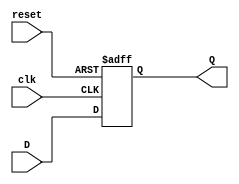
module FFD(input wire clk, reset, D, output reg Q);
    always @(posedge clk or posedge reset) begin
        if(reset==1'b1)
            Q <= 1'b0; //si el reset esta en uno entonces la salida se resetea
        else
            Q <= D; //de lo contrario la salida toma el valor de la entrada
    end
endmodule
module AcrilicoAltos(input wire clk, reset, PH, SR, [2:0]T, [1:0]PLS, output wire [2:0]PAC, [2:0]LED, CO);

    wire EF2, EF1, EF0; //Entrada a FFD
    wire E2, E1, E0; //Salida de FFD

    //Logica del estado futuro
    assign EF2 = (~E2 & E1 & ~E0 & PH & SR & T[2] & ~T[1] & ~T[0] & PLS[1] & ~PLS[0]);
    assign EF1 = (~E2 & ~E1 & E0 & PH & SR & T[2] & ~T[1] & ~T[0] & PLS[1] & ~PLS[0]) |
    (~E2 & E1 & ~E0 & PH & SR & T[2] & ~T[1] & ~T[0] & PLS[1] & ~PLS[0]);
    assign EF0 = (~E2 & ~E0 & PH & SR & T[2] & ~T[1] & ~T[0] & PLS[1] & ~PLS[0]);

    //Logica salida
    assign PAC[2] = 0;
    assign PAC[1] = (E2 & E1 & E0);
    assign PAC[0] = (E2 & E1 & E0);
    assign LED[2] = 0;
    assign LED[1] = (E2 & E1 & E0) | (~E2 & E1 & ~E0);
    assign LED[0] = (E2 & E1 & E0) | (~E2 & ~E1 & E0) | (~E2 & E1 & ~E0);
    assign CO = (E2 & E1 & E0);

    //tres FFD
    FFD Acalto2(clk, reset, EF2, E2);
    FFD Acalto1(clk, reset, EF1, E1);
    FFD Acalto0(clk, reset, EF0, E0);

endmodule